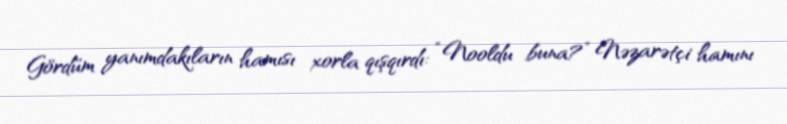
Gördüm yanımdakıların hamısı xorla qışqırdı: “Nooldu buna?” Nəzarətçi hamını